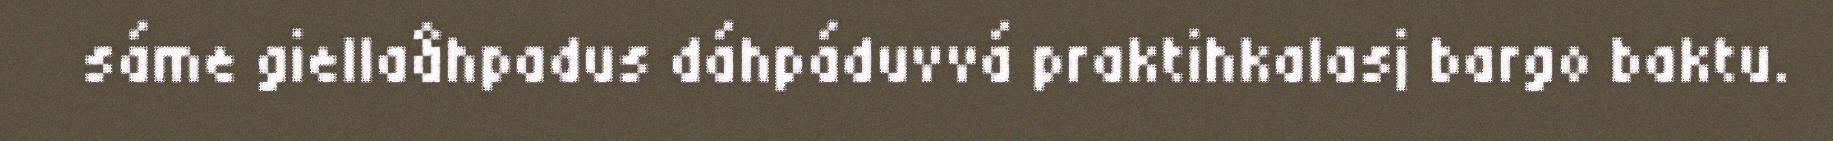
sáme giellaåhpadus dáhpáduvvá praktihkalasj bargo baktu.